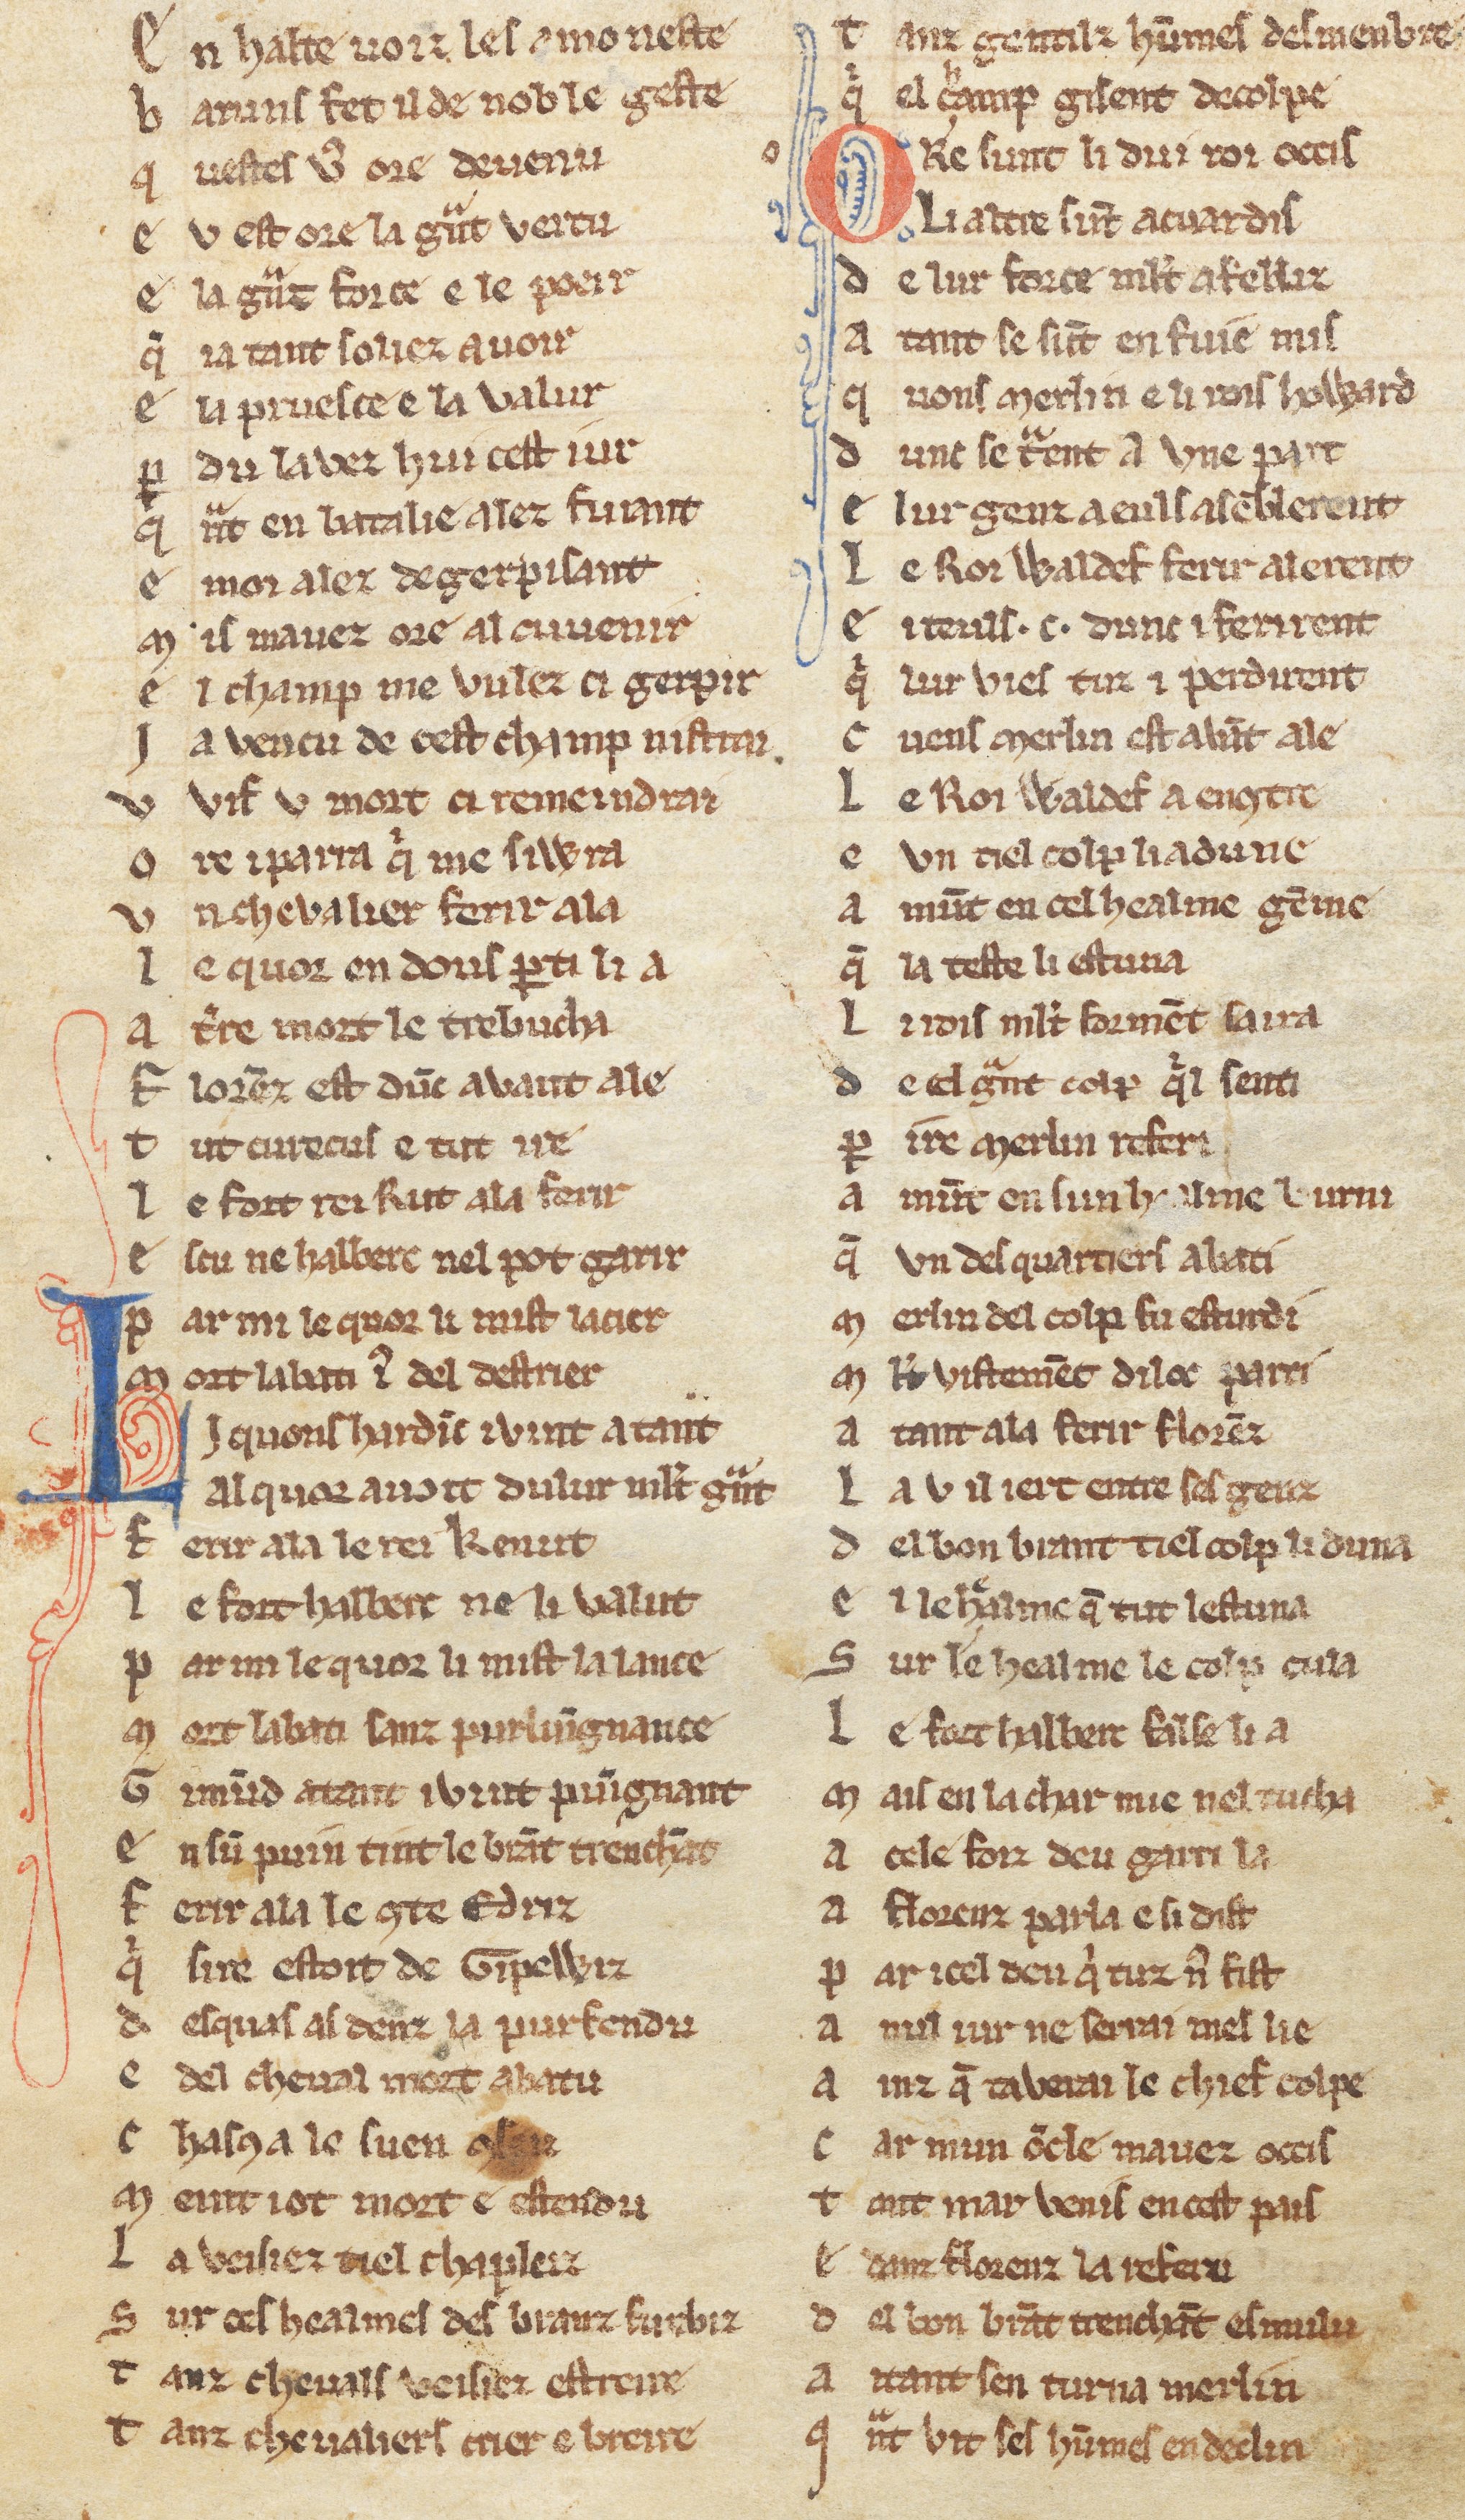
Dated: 1270–1330